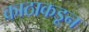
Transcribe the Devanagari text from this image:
काठाकडून